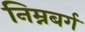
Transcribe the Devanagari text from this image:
निम्नबर्ग